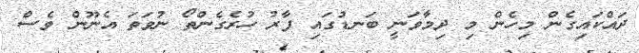
ދައްކައިގެން މިހެން މި ދިމާވަނީ ބަނޑުގައި ފާރު ހުރެގެންތޯ ނުވަތަ އެނޫން ވެސް